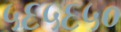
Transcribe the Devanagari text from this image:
५६५६५०